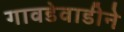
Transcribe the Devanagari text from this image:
गावडेवाडीने